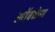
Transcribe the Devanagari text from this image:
ओंबळेना